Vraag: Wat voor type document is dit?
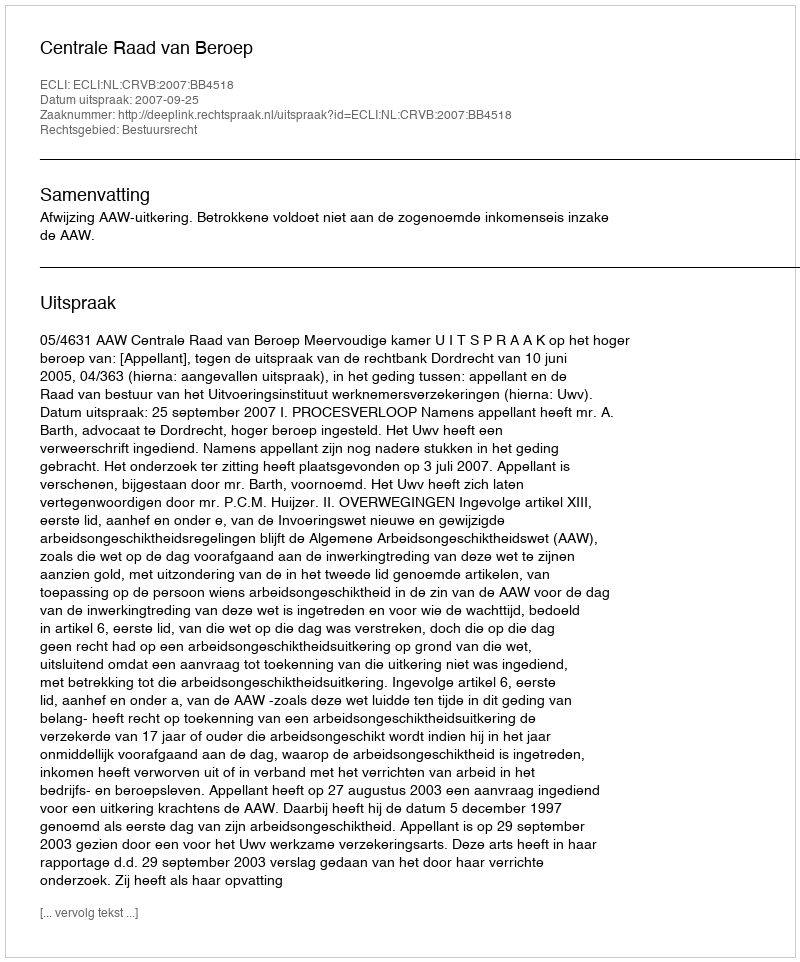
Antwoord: Uitspraak